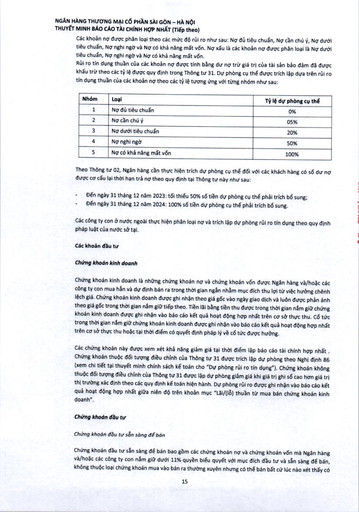
|Nhóm|Loại|Tỷ lệ dự phòng cụ thể| |---|---|---| |1|Nợ đủ tiêu chuẩn|0%| |2|Nợ cần chú ý|5%| |3|Nợ dưới tiêu chuẩn|20%| |4|Nợ nghi ngờ|50%| |5|Nợ có khả năng mất vốn|100%|